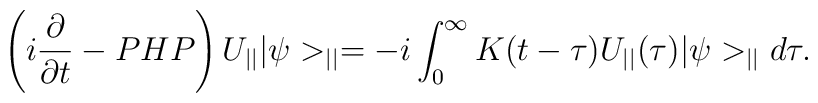
\left(i\frac{\partial}{\partial t}-PHP\right)U_{||}|\psi>_{||}=-i\int_{0}^{\infty}K(t-\tau)U_{||}(\tau)|\psi>_{||}d\tau.